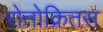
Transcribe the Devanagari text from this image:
रोतोक्रितस